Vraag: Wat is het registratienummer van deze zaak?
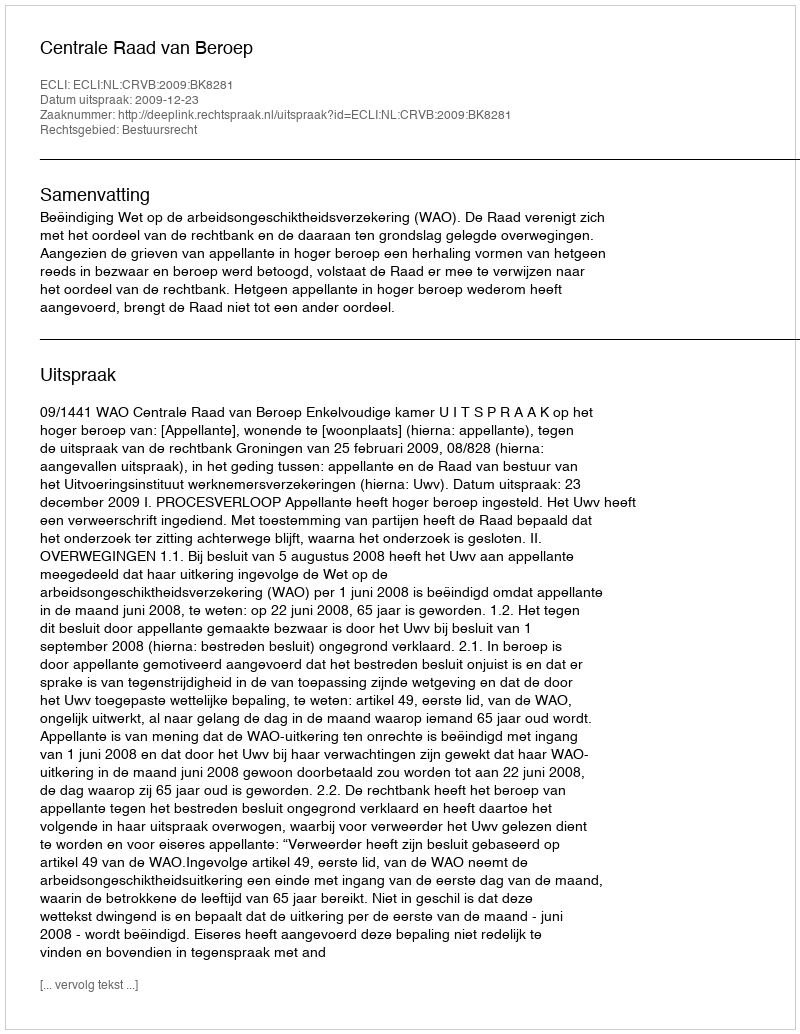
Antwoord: http://deeplink.rechtspraak.nl/uitspraak?id=ECLI:NL:CRVB:2009:BK8281